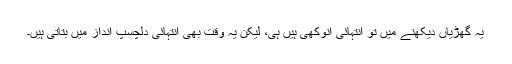
یہ گھڑیاں دیکھنے میں تو انتہائی انوکھی ہیں ہی، لیکن یہ وقت بھی انتہائی دلچسپ انداز میں بتاتی ہیں۔